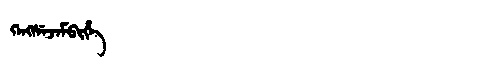
Manchu: ᡴᡝᠩᠰᡝᠵᡝᠮᠪᡳᡥᡝ
Romanization: KENGSEJEMBIHE